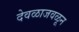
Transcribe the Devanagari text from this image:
देवळाजवळून